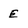
Character: E